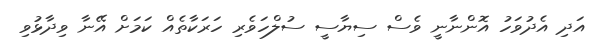
އަދި އެދުވަހު އޮންނާނީ ވެސް ސިޔާސީ ސުލްހަވެރި ހަރަކާތެއް ކަމަށް އޭނާ ވިދާޅުވި